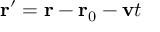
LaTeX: \mathbf { r } ^ { \prime } = \mathbf { r } - \mathbf { r } _ { 0 } - \mathbf { v } t